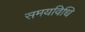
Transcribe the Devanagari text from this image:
समयविधि